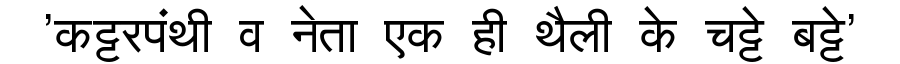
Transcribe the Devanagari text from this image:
'कट्टरपंथी व नेता एक ही थैली के चट्टे बट्टे'